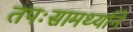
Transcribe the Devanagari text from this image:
तपःसामर्थ्याने